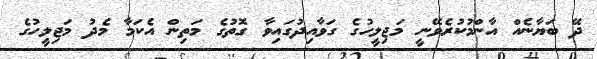
ދޭ ބަޔާނެއް އާންމުކުރެވޭނީ މަޖިލީހުގެ ގަވާއިދުގައިވާ ގޮތުގެ މަތިން އެކަމާ މެދު މަޖިލީހުގެ